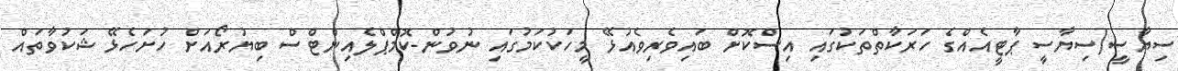
ސިޔާސީ/ސިޔާސީ ޕާޓީއެއްގެ ހަރަކާތްތަކުގައި އިސްކޮށް ބައިވެރިވެއުޅޭ މީހަކުކަމުގައި ނުވުން-ކޮމްޕްލެއިންޓްސް ބިޔުރޯއަށް ހުށަހެޅޭ ޝަކުވާތައް